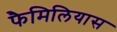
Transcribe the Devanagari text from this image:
फैमिलियास